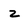
Character: Z